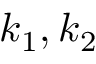
\boldsymbol { k } _ { 1 } , \boldsymbol { k } _ { 2 }